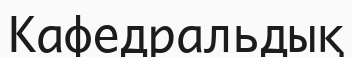
Кафедральдық